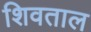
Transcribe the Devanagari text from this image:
शिवताल